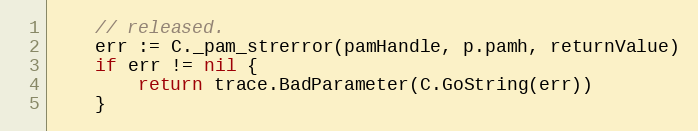
Language: Go
	// released.
	err := C._pam_strerror(pamHandle, p.pamh, returnValue)
	if err != nil {
		return trace.BadParameter(C.GoString(err))
	}